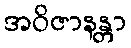
အဝိဇာနန္တာ